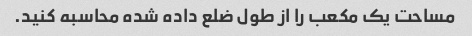
مساحت یک مکعب را از طول ضلع داده شده محاسبه کنید.